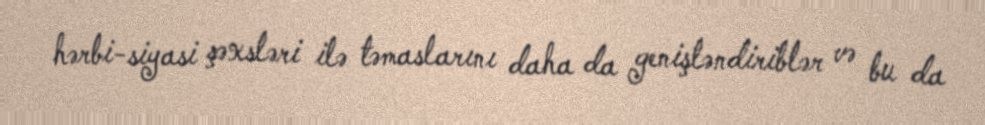
hərbi-siyasi şəxsləri ilə təmaslarını daha da genişləndiriblər və bu da